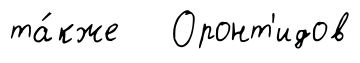
та́кже Оронт'идов